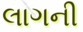
લાગની